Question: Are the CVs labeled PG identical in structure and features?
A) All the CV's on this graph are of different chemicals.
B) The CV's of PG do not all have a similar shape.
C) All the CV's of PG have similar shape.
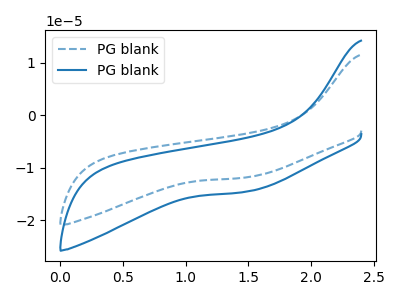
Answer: <think>The blue dashed curve "PG blank1" has no peaks. The blue curve "PG blank2" has no peaks.
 Neither "PG blank1" or "PG blank2" have any peaks.</think>
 <answer>C) All the CV's of "PG" have similar shape.</answer>
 <eval>C</eval>